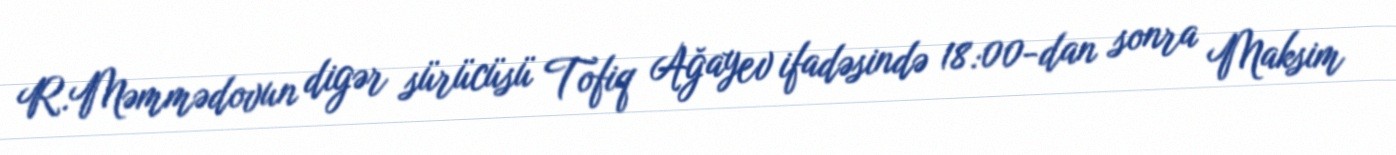
R.Məmmədovun digər sürücüsü Tofiq Ağayev ifadəsində 18:00-dan sonra Maksim